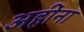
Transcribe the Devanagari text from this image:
अहींना